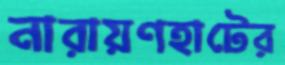
নারায়ণহাটের